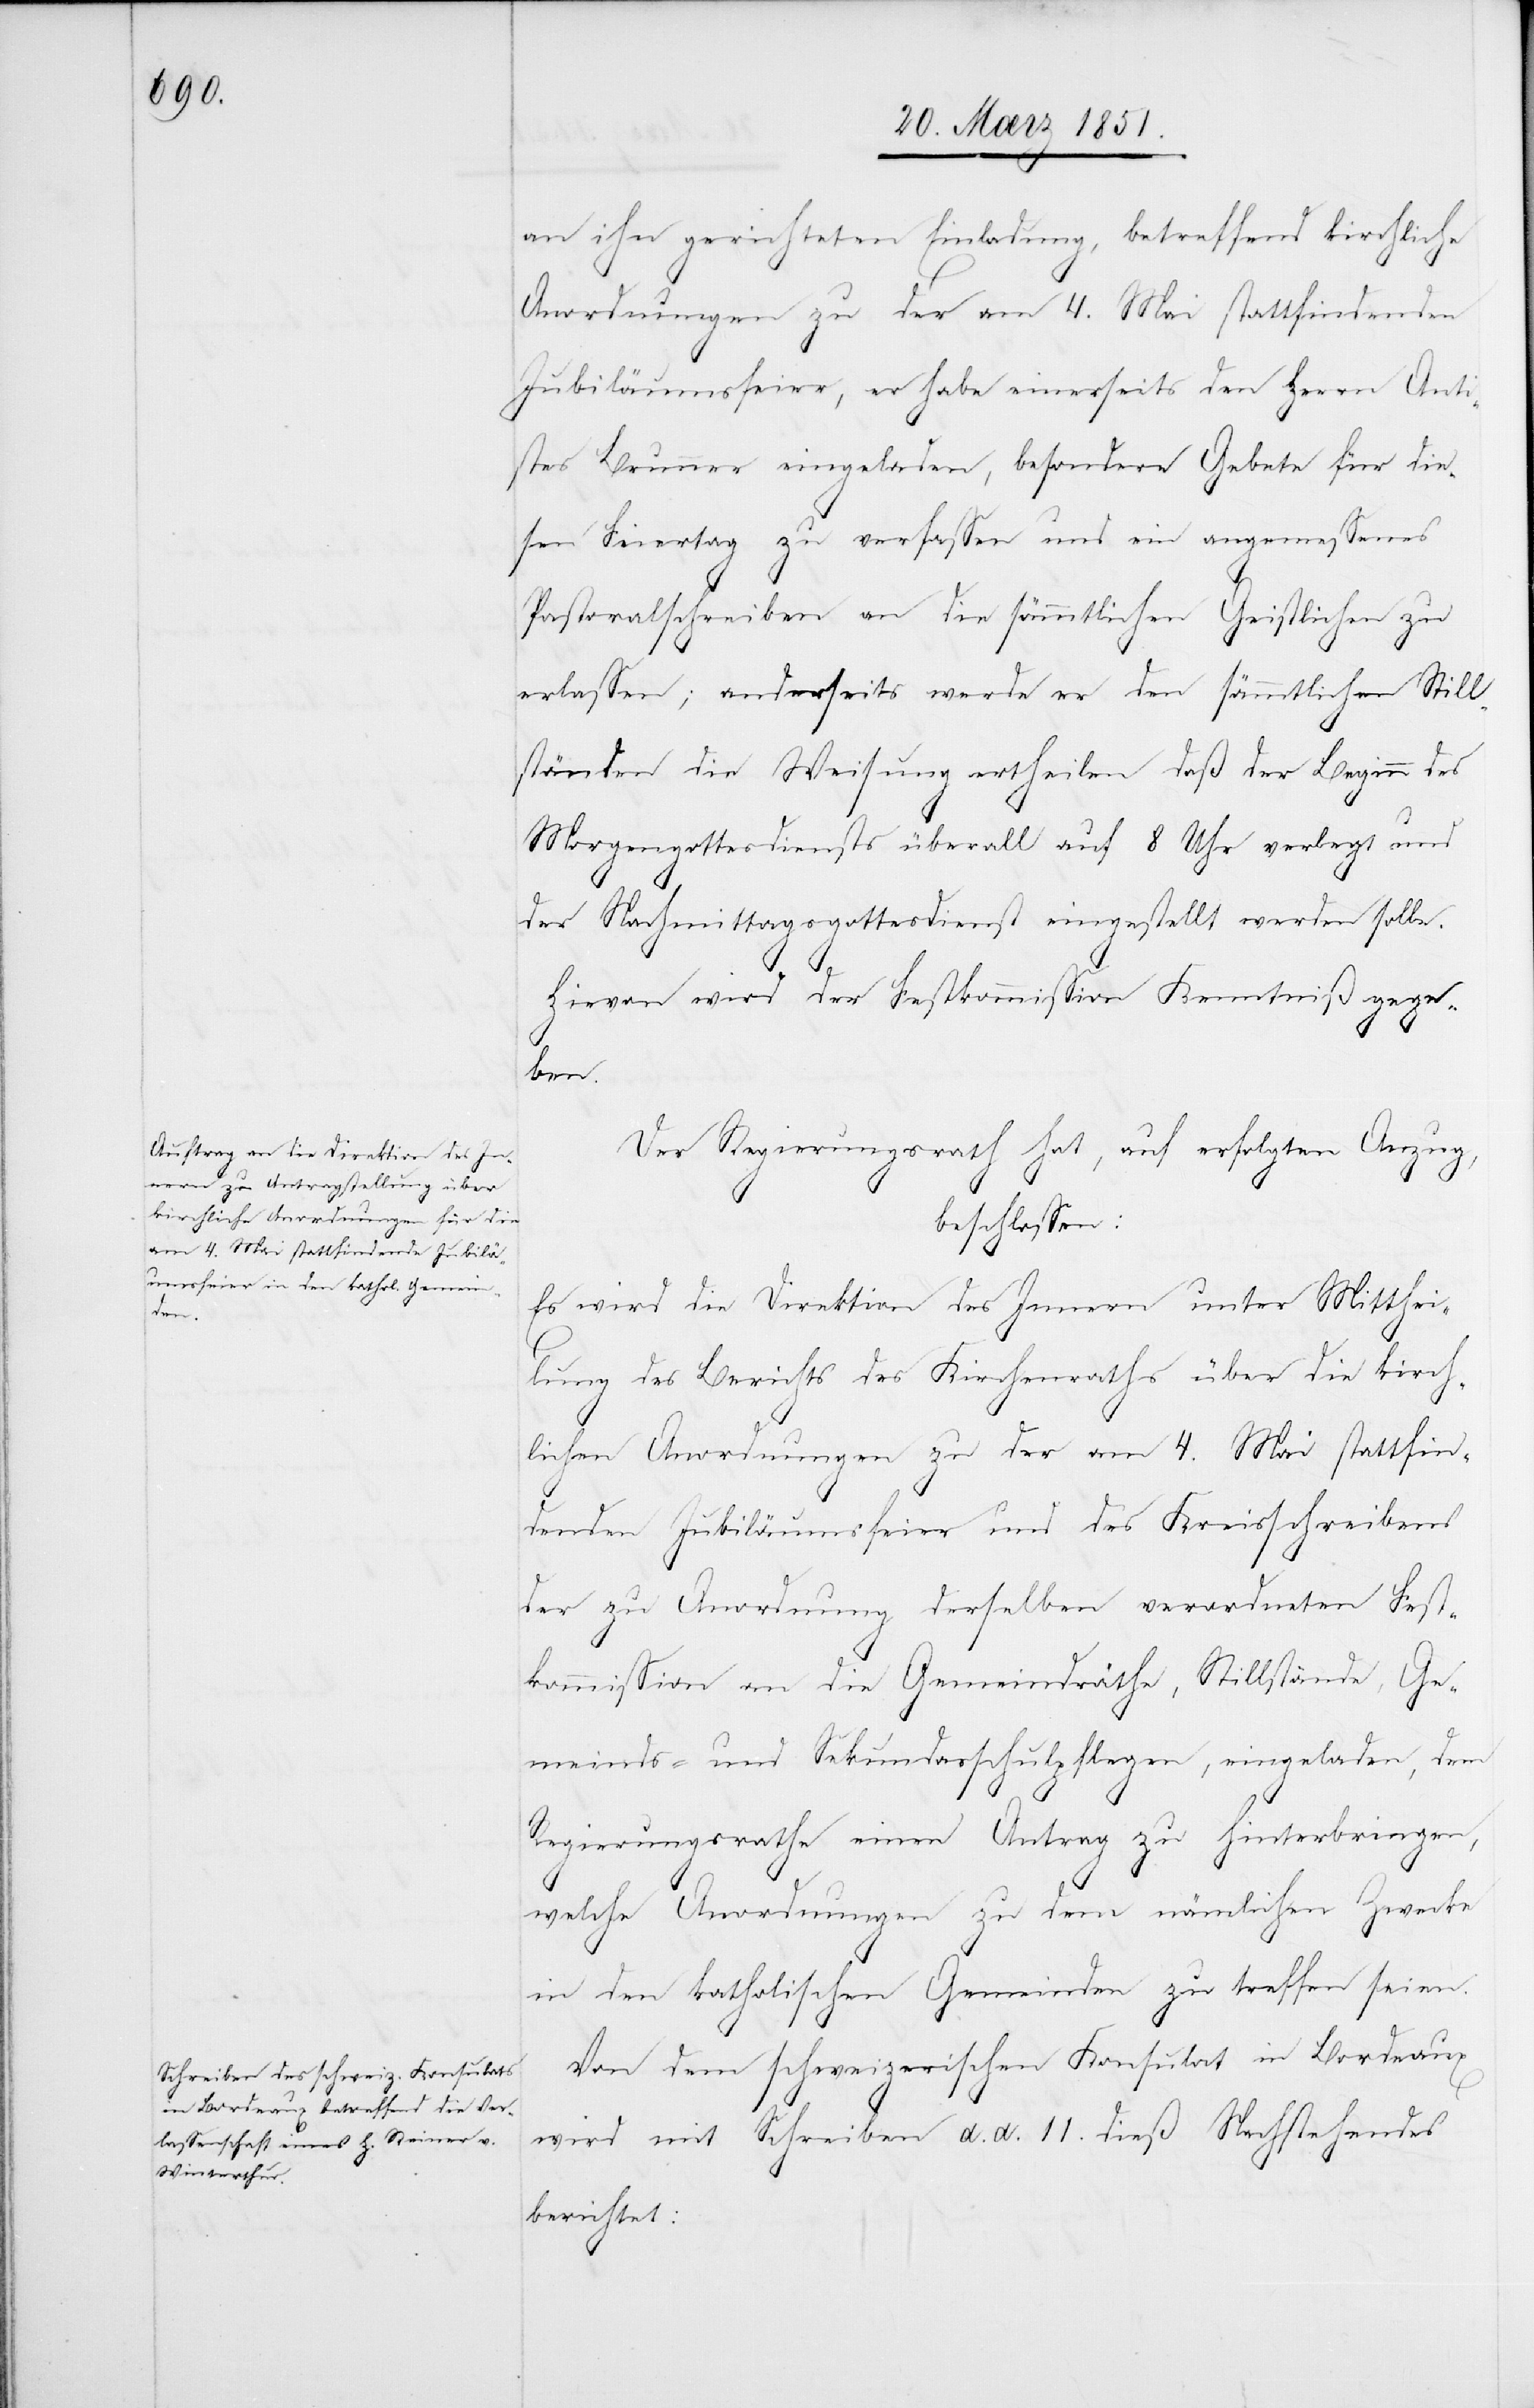
an ihn gerichteten Einladung, betreffend kirchliche
Anordnungen zu der am 4. Mai stattfindenden
Jubiläumsfeier, er habe einerseits den Herrn Anti¬
stes Brunner eingeladen, besondere Gebete für die¬
sen Feiertag zu verfassen und ein angemessenes
Pastoralschreiben an die sämmtlichen Geistlichen zu
erlassen; anderseits werde er den sämmtlichen Still¬
ständen die Weisung ertheilen daß der Beginn des
Morgengottesdiensts überall auf 8 Uhr verlegt und
der Nachmittagsgottesdienst eingestellt werden solle.
Hievon wird der Festkommission Kenntniß gege¬
ben.
Der Regierungsrath hat, auf erfolgten Anzug,
beschlossen:
Es wird die Direktion des Innern unter Mitthei¬
lung des Berichts des Kirchenraths über die kirch¬
lichen Anordnungen zu der am 4. Mai stattfin¬
denden Jubiläumsfeier und des Kreisschreibens
der zu Anordnung derselben verordneten Fest¬
kommission an die Gemeindräthe, Stillstände, Ge¬
meinds- und Sekundarschulpflegen, eingeladen, dem
Regierungsrathe einen Antrag zu hinterbringen,
welche Anordnungen zu dem nämlichen Zwecke
in den katholischen Gemeinden zu treffen seien.
Von dem schweizerischen Konsulat in Bordeau¬
x
wird mit Schreiben d. d. 11. dieß Nachstehendes
berichtet: